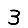
Digit: 3